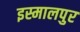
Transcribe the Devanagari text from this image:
इस्मालपुर